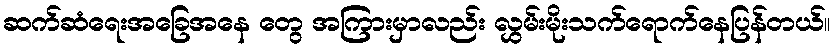
ဆက်ဆံရေးအခြေအနေ တွေ အကြားမှာလည်း လွှမ်းမိုးသက်ရောက်နေပြန်တယ်။